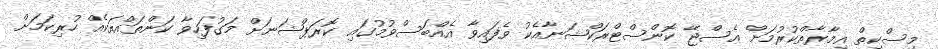
މިސްކިތް އިމާރާތްކުރުމަށް އެސްޖޭ ކޮންސްޓްރަކްޝަނާއެކު ވެފައިވާ އެއްބަސްވުމުގައި ކޮރަޕްޝަނަށް މަގުފަހިވާ ކަންތައްތަކެއް ހުރިކަމަށް